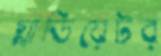
গ্লাডিয়েটর